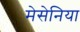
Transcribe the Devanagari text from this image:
मेसेनिया